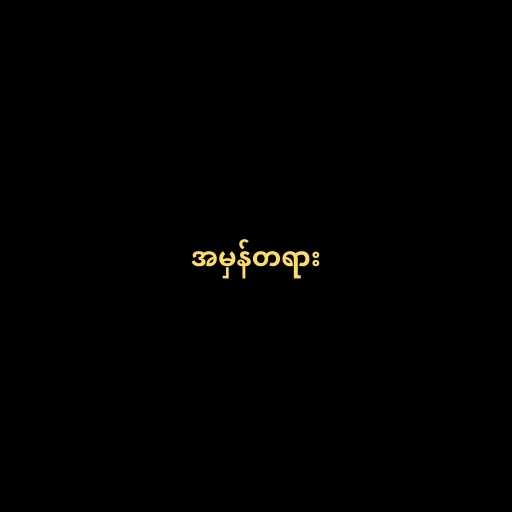
အမှန်တရား